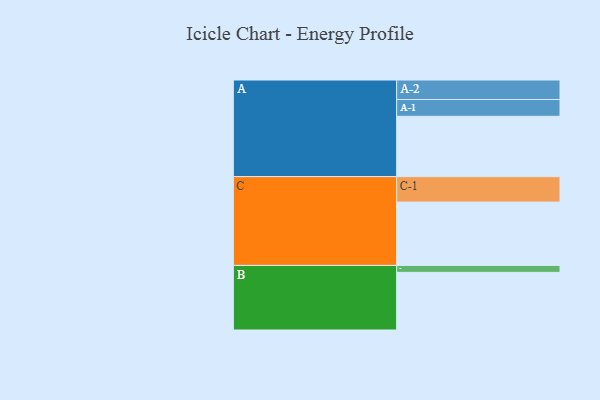
{"axis": {"x": "Segment", "y": "Value"}, "legend": ["", "A", "B", "C"], "data": [{"x": "A", "y": 566, "type": ""}, {"x": "B", "y": 541, "type": ""}, {"x": "C", "y": 595, "type": ""}, {"x": "A-1", "y": 158, "type": "A"}, {"x": "A-2", "y": 183, "type": "A"}, {"x": "B-1", "y": 65, "type": "B"}, {"x": "C-1", "y": 239, "type": "C"}]}